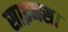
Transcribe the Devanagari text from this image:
साइनस।